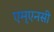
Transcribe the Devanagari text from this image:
एम्एनसी